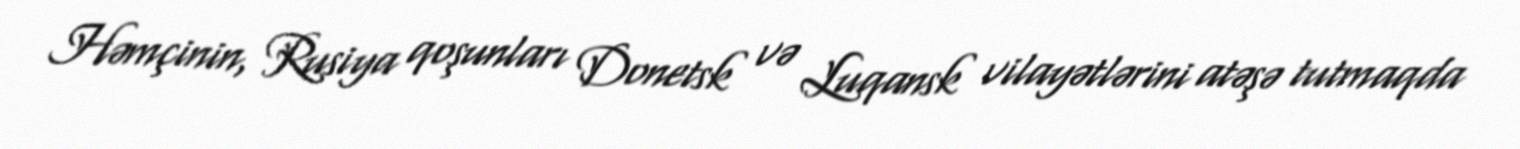
Həmçinin, Rusiya qoşunları Donetsk və Luqansk vilayətlərini atəşə tutmaqda